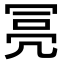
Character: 𠖍